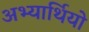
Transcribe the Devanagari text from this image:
अभ्यार्थियो